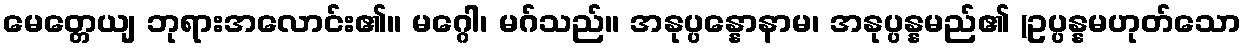
မေတ္တေယျ ဘုရားအလောင်း၏။ မဂ္ဂေါ၊ မဂ်သည်။ အနုပ္ပန္နောနာမ၊ အနုပ္ပန္နမည်၏ (ဥပ္ပန္နမဟုတ်သော